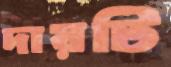
দায়টি